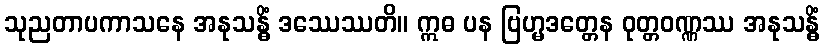
သုညတာပကာသနေ အနုသန္ဓိံ ဒဿေဿတိ။ ဣဓ ပန ဗြဟ္မဒတ္တေန ဝုတ္တဝဏ္ဏဿ အနုသန္ဓိံ